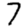
Digit: 7